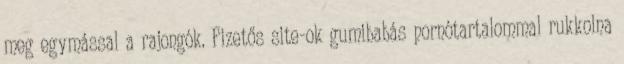
meg egymással a rajongók. Fizetős site-ok gumibabás pornótartalommal rukkolna